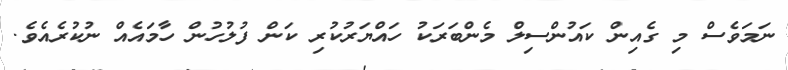
ނަމަވެސް މި ގެއިން ކައުންސިލް މެންބަރަކު ހައްޔަރުކުރި ކަން ފުލުހުން ހާމައެއް ނުކުރެއެވެ.